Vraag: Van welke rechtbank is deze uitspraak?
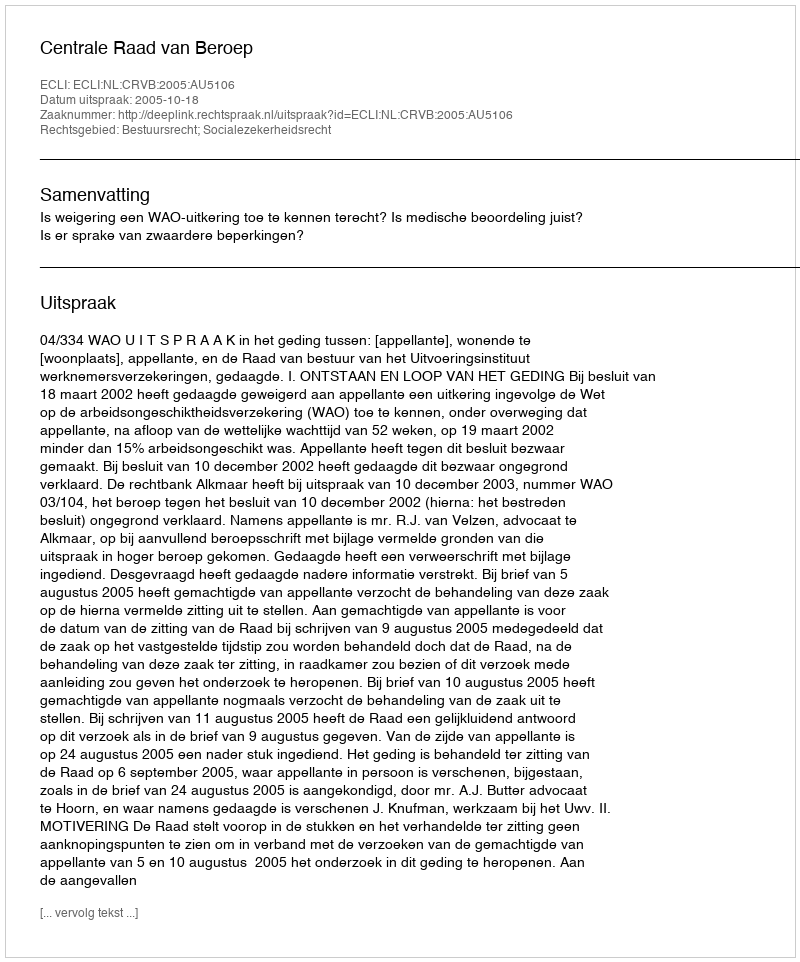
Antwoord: Centrale Raad van Beroep